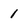
Character: 1